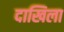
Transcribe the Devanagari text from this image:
दाखिला